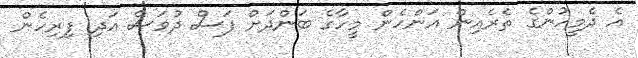
އެ ދެމީހުންގެ ތެރެއިން އަންހެން މީހާގެ ބަންދަށް ފަސް ދުވަސް އަދި ފިރިހެން